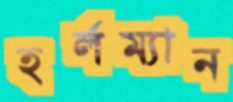
হর্লম্যান